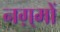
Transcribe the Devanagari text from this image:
नग़्मों